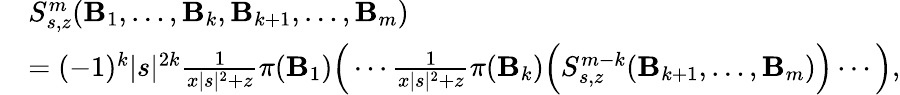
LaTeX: \begin{array}{rl}&{S_{s,z}^{m}(\mathbf B_{1},\ldots,\mathbf B_{k},\mathbf B_{k+1},\ldots,\mathbf B_{m})}\\ &{=(-1)^{k}|s|^{2k}\frac{1}{x|s|^{2}+z}\pi(\mathbf B_{1})\Big(\cdots\frac{1}{x|s|^{2}+z}\pi(\mathbf B_{k})\Big(S_{s,z}^{m-k}(\mathbf B_{k+1},\ldots,\mathbf B_{m})\Big)\cdots\Big),}\end{array}